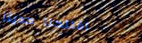
افتتحنا حديثاً